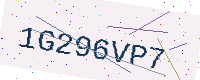
Text: 1G296VP7